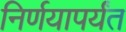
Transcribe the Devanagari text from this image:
निर्णयापर्यंत